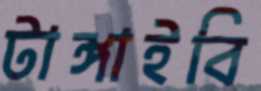
টাঙ্গাইবি